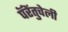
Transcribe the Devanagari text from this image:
पॅरेंतुचेली